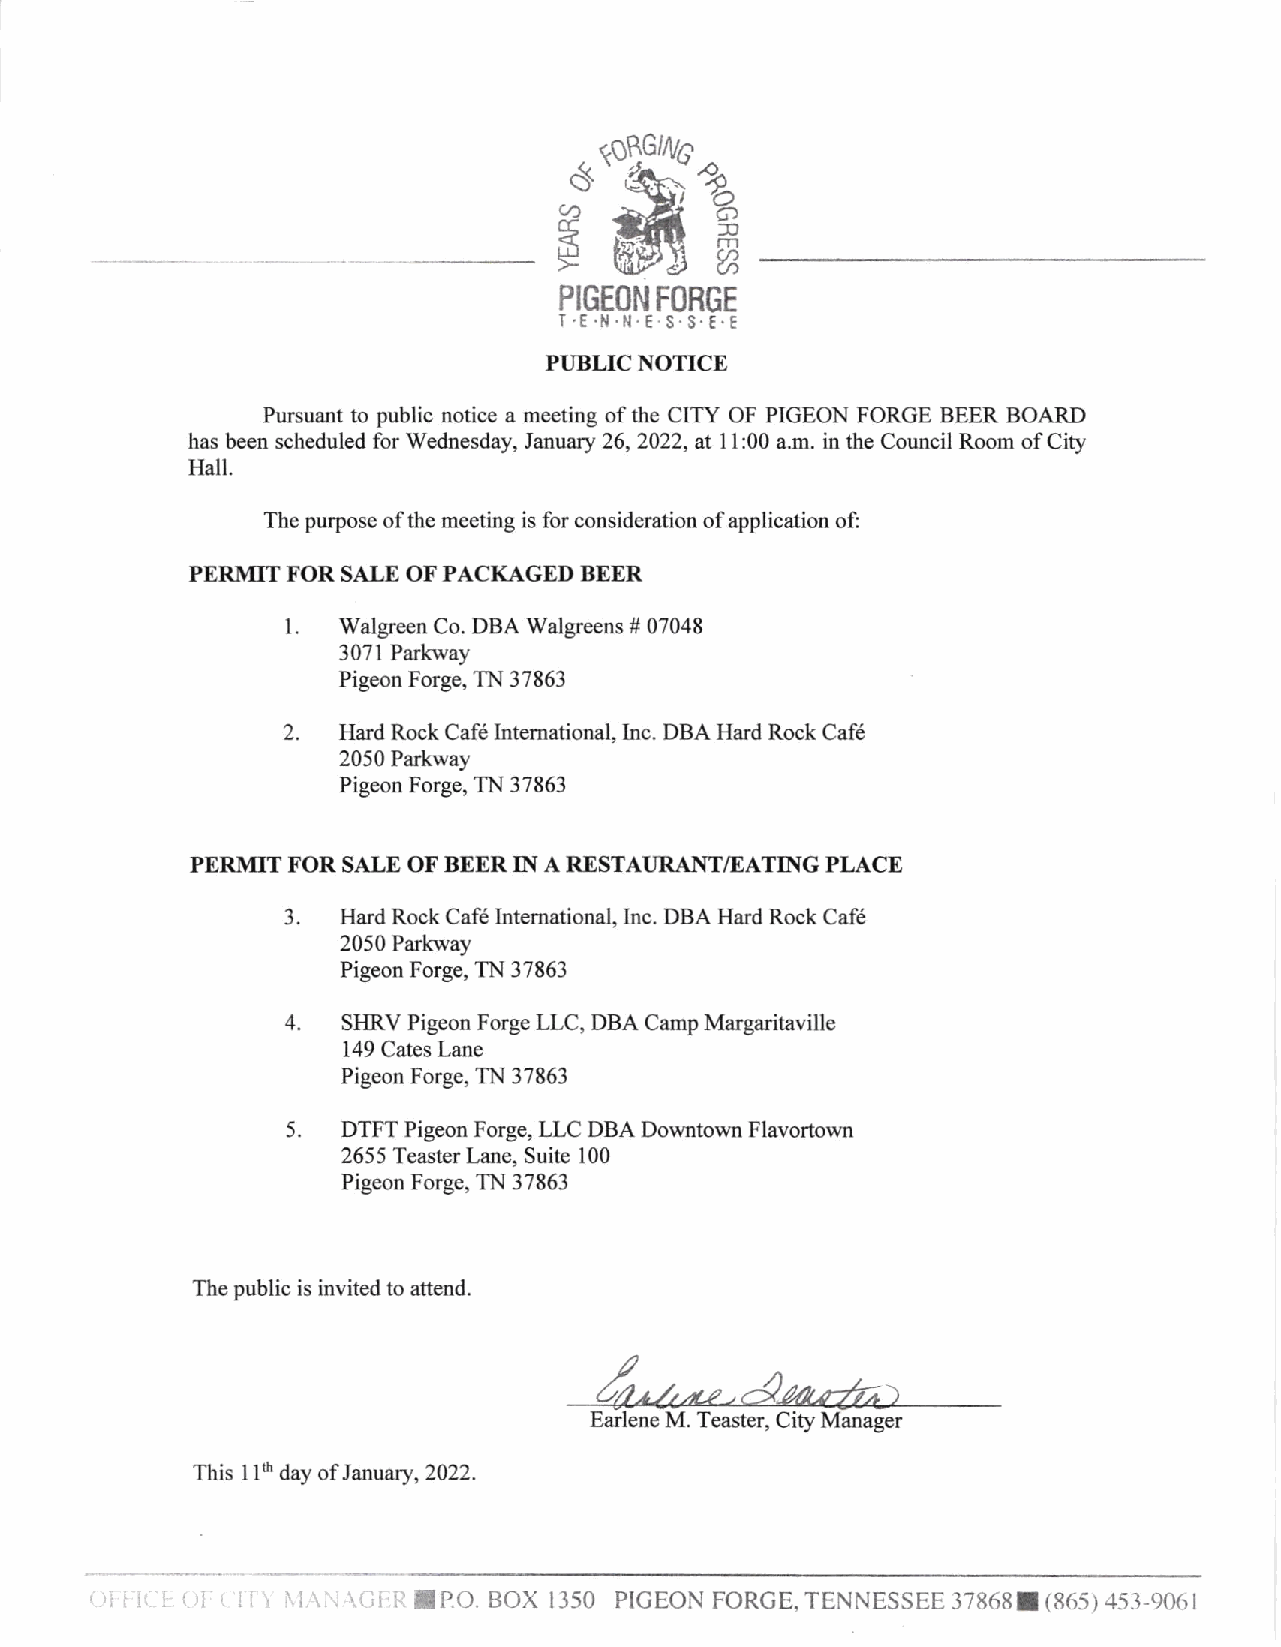
*#
 4
 6
 ,o
 sc/)      GI)
 m
 LIJ       a
 PIGEON FORGE
 I.E.N.H.E.S.S.E.E
 PIJBLIC NOTICE
 Pursuant to public notice a meeting of the CITY OF PIGEON FORGE BEER BOARD
 has been scheduled for Wednesday, January 26, 2022, at 1l:-00 a.m. in the Council Room of City
 Hall.
 The purpose ofthe meeting is for consideration ofapplication of:
 PERMIT FORSALE OFPACKAGf,D BEER
 Walgreen Co. DBA Walgreens # 07048
 I
 3 07 I Parkway
 Pigeon Forge, TN 37863
 2  Hard Rock Cafe Intemational, Inc. DBA Hard Rock Caf6
 2050 Parkway
 Pigeon Forge, TN 37863
 Pf,RMIT FOR SALE OF BEf,R IN A RESTAURANT/EATING PLACE
 3   Hard Rock Caf6 Intemational, Inc. DBA Hard Rock Caf6
 2050 Parkway
 Pigeon Forge, TN 37863
 4   SHRV Pigeon Forge LLC, DBA Camp Margaritaville
 149 Cates Lane
 Pigeon Forge, TN 37863
 5   DTFT Pigeon Forge, LLC DBA Downto*.n Flavortown
 2655 Teaster Lane, Suite 100
 Pigeon Forge, TN 37863
 The public is invited to attend.
 Earlene M. Teaster, City Manager
 This llft day of January,2022.
 IPO. BOX I]50 PIGEON FORGE,TENNESSEE]7868I(865)453-906I